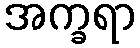
အက္ခရာ